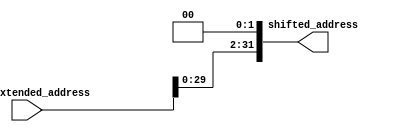
`timescale 1 ns / 1 ns

module shift_left_2(sign_extended_address , shifted_address);

    output reg [31:0] shifted_address;
    input [31:0] sign_extended_address;

    always @(sign_extended_address)begin
      shifted_address = sign_extended_address << 2;
    end
endmodule